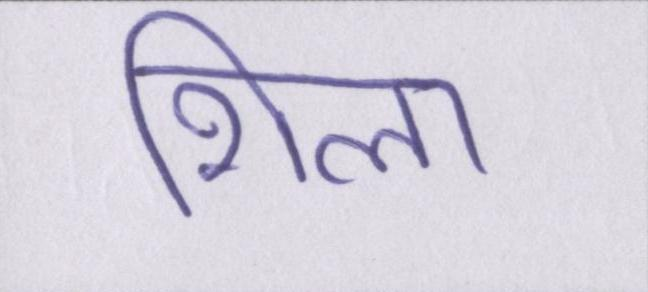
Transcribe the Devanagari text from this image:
शिला